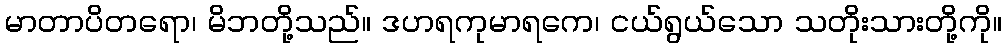
မာတာပိတရော၊ မိဘတို့သည်။ ဒဟရကုမာရကေ၊ ငယ်ရွယ်သော သတိုးသားတို့ကို။